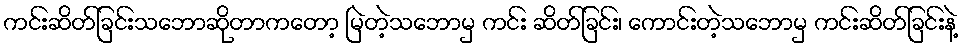
ကင်းဆိတ်ခြင်းသဘောဆိုတာကတော့ မြဲတဲ့သဘောမှ ကင်း ဆိတ်ခြင်း၊ ကောင်းတဲ့သဘောမှ ကင်းဆိတ်ခြင်းနဲ့